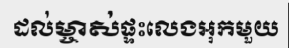
ដល់ម្ចាស់ផ្ទះលេងអុកមួយ